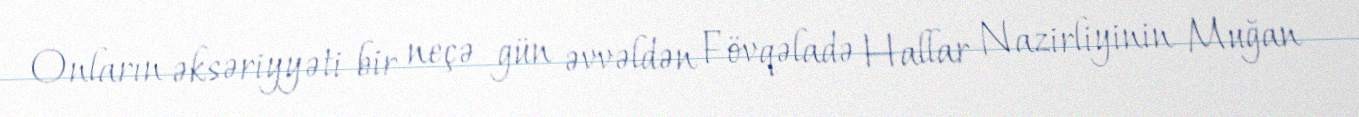
Onların əksəriyyəti bir neçə gün əvvəldən Fövqəladə Hallar Nazirliyinin Muğan